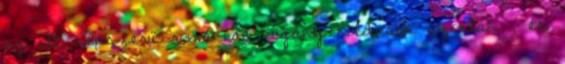
az itt népszerű romániai cigány koldusok szokták , és